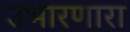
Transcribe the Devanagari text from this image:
उभारणारा